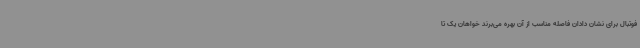
فوتبال برای نشان دادان فاصله مناسب از آن بهره می‌برند خواهان یک تا